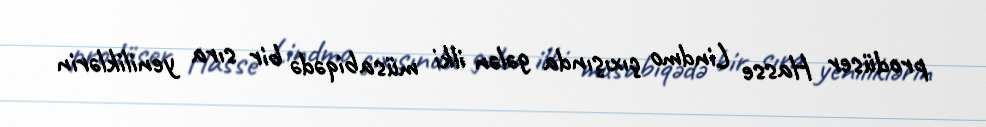
prodüser Hasse Lindmo çıxışında gələn ilki müsabiqədə bir sıra yeniliklərin